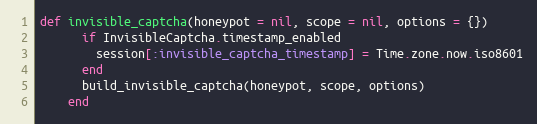
Language: Ruby
def invisible_captcha(honeypot = nil, scope = nil, options = {})
      if InvisibleCaptcha.timestamp_enabled
        session[:invisible_captcha_timestamp] = Time.zone.now.iso8601
      end
      build_invisible_captcha(honeypot, scope, options)
    end